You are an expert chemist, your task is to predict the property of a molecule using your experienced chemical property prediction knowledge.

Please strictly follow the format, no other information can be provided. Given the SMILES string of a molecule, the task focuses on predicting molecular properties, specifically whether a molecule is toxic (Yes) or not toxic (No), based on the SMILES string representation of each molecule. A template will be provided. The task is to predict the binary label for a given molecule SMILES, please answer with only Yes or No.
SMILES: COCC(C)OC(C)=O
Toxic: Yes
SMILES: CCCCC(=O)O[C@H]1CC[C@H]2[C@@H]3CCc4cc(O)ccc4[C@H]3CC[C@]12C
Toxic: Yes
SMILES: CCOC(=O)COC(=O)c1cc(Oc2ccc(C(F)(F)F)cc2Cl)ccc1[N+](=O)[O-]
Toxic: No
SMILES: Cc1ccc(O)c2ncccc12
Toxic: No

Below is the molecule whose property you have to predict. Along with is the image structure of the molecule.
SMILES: CCC(O)OCCCOC
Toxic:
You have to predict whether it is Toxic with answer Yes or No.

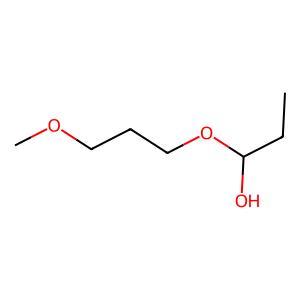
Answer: No